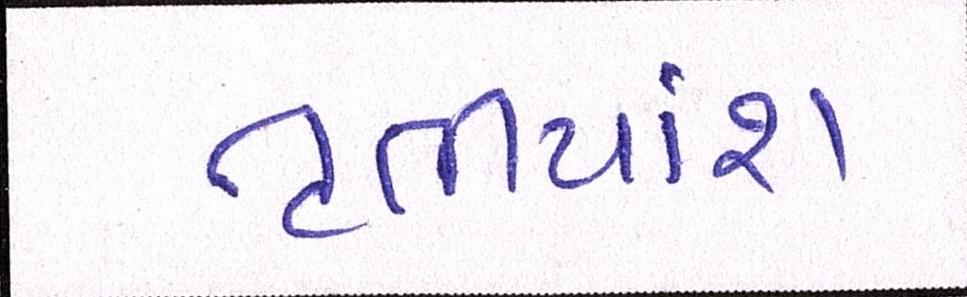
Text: તૃતીયાંશ